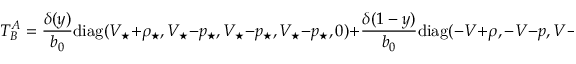
T _ { B } ^ { A } = \frac { \delta ( y ) } { b _ { 0 } } \mathrm { d i a g } ( V _ { \star } + \rho _ { \star } , V _ { \star } - p _ { \star } , V _ { \star } - p _ { \star } , V _ { \star } - p _ { \star } , 0 ) + \frac { \delta ( 1 - y ) } { b _ { 0 } } \mathrm { d i a g } ( - V + \rho , - V - p , V - p , V - p , 0 ) ,